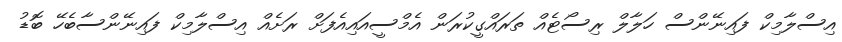
އިސްލާމިކް ފައިނޭންސް ހަލާލް ރިސޯޓެއް ތަރައްގީކުރަން އެމްސީއައިއެފަށް ރަށެއް އިސްލާމިކް ފައިނޭންސާބެހޭ ބޮޑު